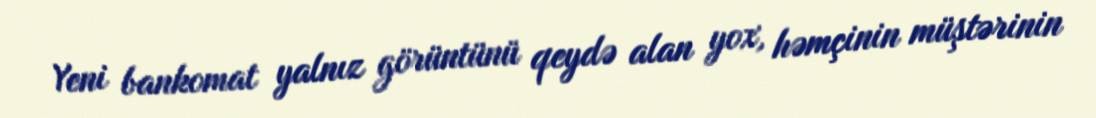
Yeni bankomat yalnız görüntünü qeydə alan yox, həmçinin müştərinin